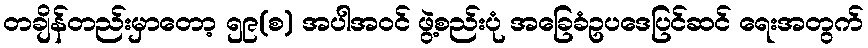
တချိန်တည်းမှာတော့ ၅၉(စ) အပါအဝင် ဖွဲ့စည်းပုံ အခြေခံဥပဒေပြင်ဆင် ရေးအတွက်